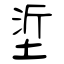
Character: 垽